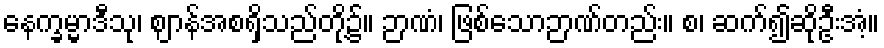
နေက္ခမ္မာဒီသု၊ ဈာန်အစရှိသည်တို့၌။ ဉာဏံ၊ ဖြစ်သောဉာဏ်တည်း။ စ၊ ဆက်၍ဆိုဦးအံ့။